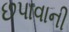
છપાવાની